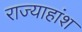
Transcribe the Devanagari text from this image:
राज्याहांश